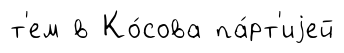
т'ем в Ко́сова па́рт'иjей